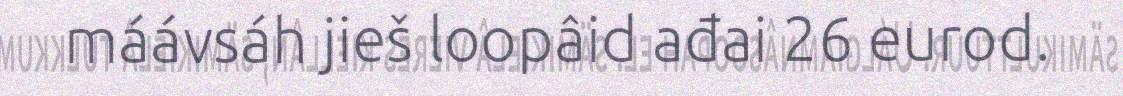
máávsáh jieš loopâid ađai 26 eurod.